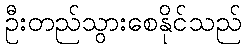
ဦးတည်သွားစေနိုင်သည်